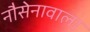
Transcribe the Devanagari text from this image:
नौसेनावाला